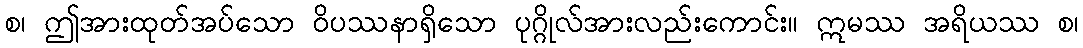
စ၊ ဤအားထုတ်အပ်သော ဝိပဿနာရှိသော ပုဂ္ဂိုလ်အားလည်းကောင်း။ ဣမဿ အရိယဿ စ၊